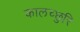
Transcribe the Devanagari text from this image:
कालच्छुरि